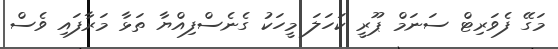
މަގޭ ފެވަރިޓް ސަނަމް ޕޫރީ ކަހަލަ މީހަކު ގެނެސްފިއްޔާ ތަޅާ މަރާފައި ވެސް